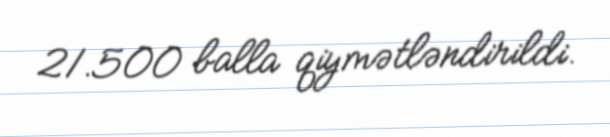
21.500 balla qiymətləndirildi.